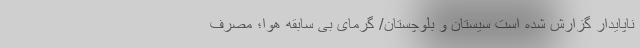
ناپایدار گزارش شده است سیستان و بلوچستان/ گرمای بی سابقه هوا؛ مصرف